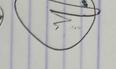
Signature authenticity: genuine